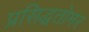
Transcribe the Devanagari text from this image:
प्रसिद्धतोमर